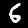
Label: 6